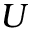
U